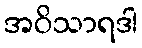
အဝိသာရဒါ